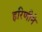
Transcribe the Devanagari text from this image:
हरिणीने